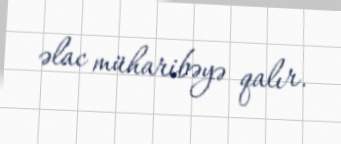
əlac müharibəyə qalır.